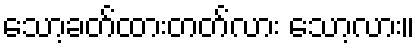
သော့ခတ်ထားတတ်လား သော့လား။